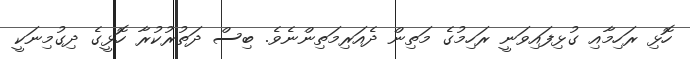
ހޮޅި ރަހިމާއި ގުޅިފައިވަނީ ރަހިމުގެ މަތިން ދެއަރިމަތިންނެވެ. ބިސް ދަތުރުކުރާ ހޮޅީގެ ދިގުމިނަކީ